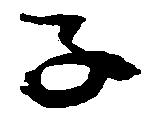
子